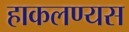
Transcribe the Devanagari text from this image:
हाकलण्यस